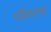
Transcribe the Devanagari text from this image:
पॉलियामाइड